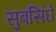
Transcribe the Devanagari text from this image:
सुबसिंघे